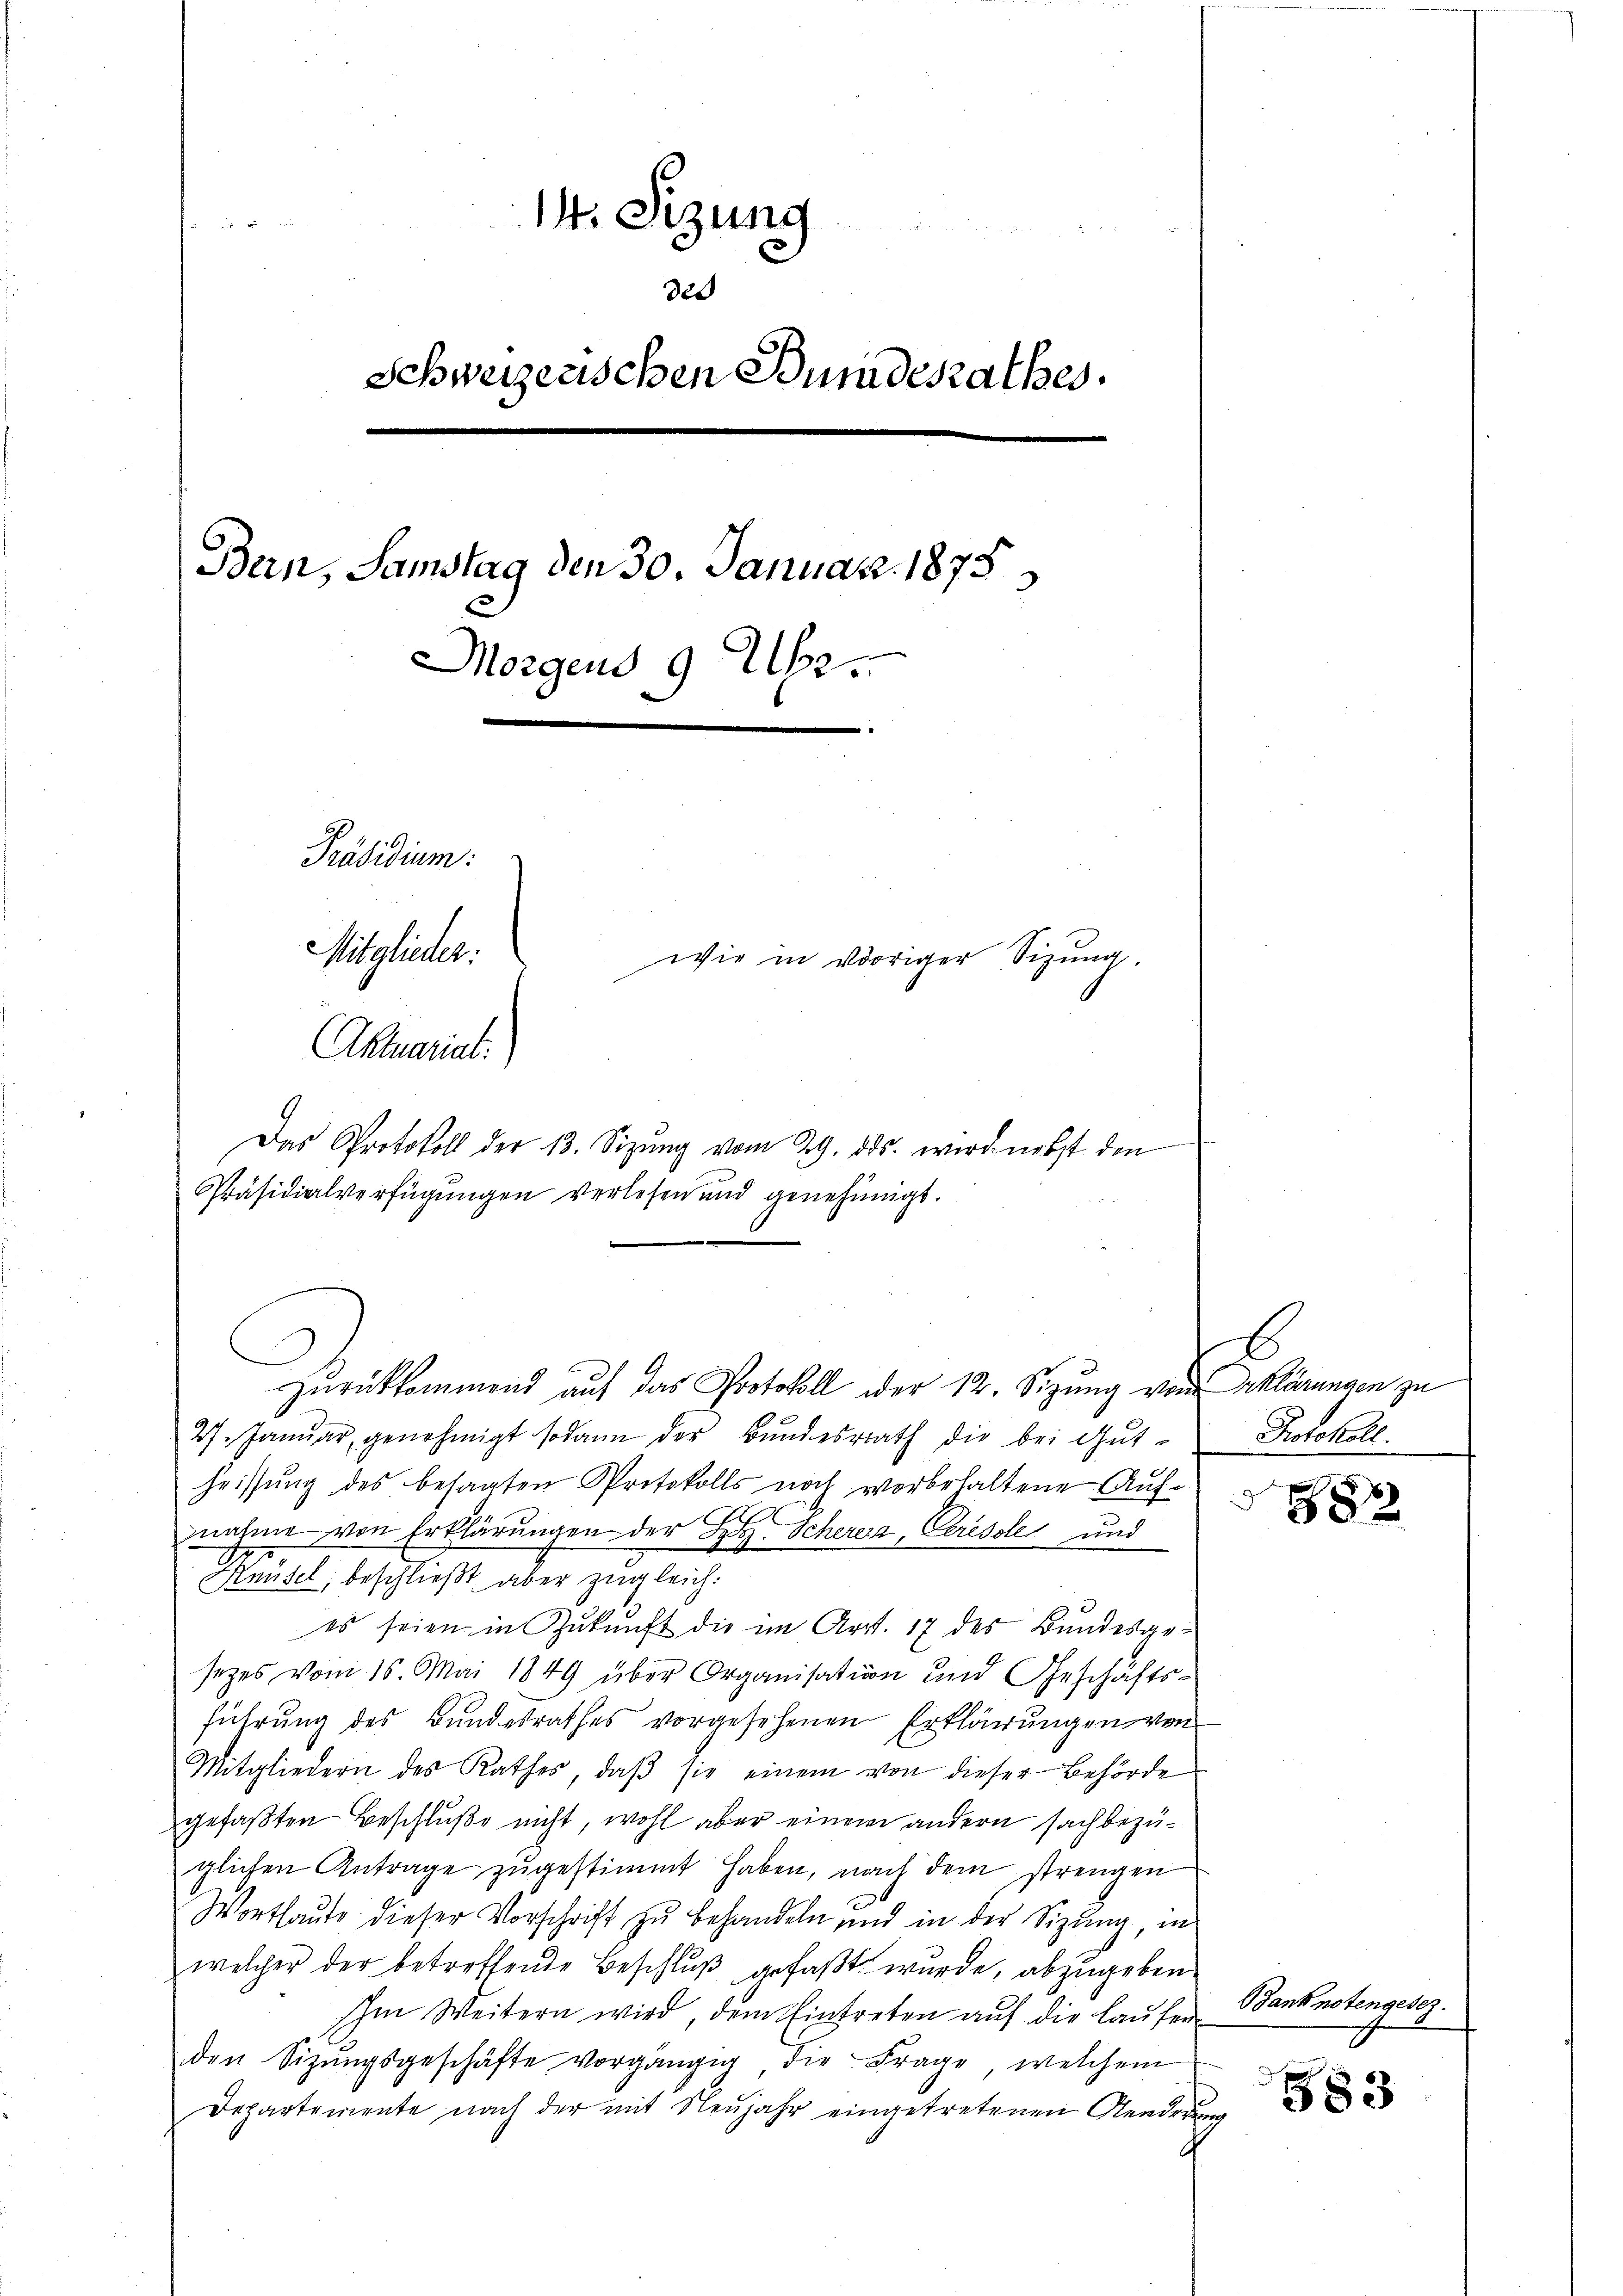
14. Sizung

320
Schweizerischen Bundesrathes.
Bern, Samstag den 30. Januar 1875
Morgens 9 Uhr.
Präsidium.
Mitglieder.
wie in voriger Sizung.
Aktuariat.

Das Protokoll der 13. Sizŭng vom 29. ds. wird nebst den
Präsidialverfügungen verlesen und genehmigt.
zurückkommend auf das Protokoll oder 12. Sizung von erklärungen zu
27. Januar, genehmigt sodann der Bundesrath die bei Gutheissung des besagten Protokolls noch vorbehaltene Aufnahme von Erklärungen der L. Schereiz, Ceresole und
Knüsel, beschließt, aber zugleich.
es seien in Zukunft die im Art. 17 des Bundesge-
sezes vom 15. Mai 1849 über Organisation und Geschäftsführung des Bundesrathes vorgesehenen Erklärungen von
Mitgliedern des Rathes, daβ sie einem von dieser Behörde
gefaßten Beschluße nicht, wohl aber einem andern sachbezüglichen Antrage zugestimmt haben, nach dem strengen
Wortlaute dieser Vorschrift zu behandeln und in der Sizung, in
welcher der betreffende Beschluß gefaßt wurde, abzugeben
Im Weitern wird, dem Eintreten aŭf die laŭfen
den Sitzŭngsgeschäfte vorgängig die Frage, welchem
Departemente nach der mit Neujahr eingetretenen Aenderen

t
Protokoll.

882

Banknotengesez

83